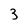
Character: 3